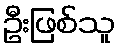
ဦးဖြစ်သူ